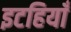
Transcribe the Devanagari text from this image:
इटहियाँ